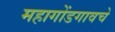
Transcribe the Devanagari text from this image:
महागोंडगावचे